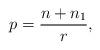
LaTeX: \begin{align*} p = \frac{n + n_1}{r},\end{align*}